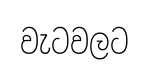
වැටවලට